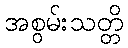
အစွမ်းသတ္တိ